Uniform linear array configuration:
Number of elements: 48
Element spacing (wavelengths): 0.5
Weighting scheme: kaiser
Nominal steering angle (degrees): -30
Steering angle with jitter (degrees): -29.507
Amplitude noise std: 0.05
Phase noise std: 0.05

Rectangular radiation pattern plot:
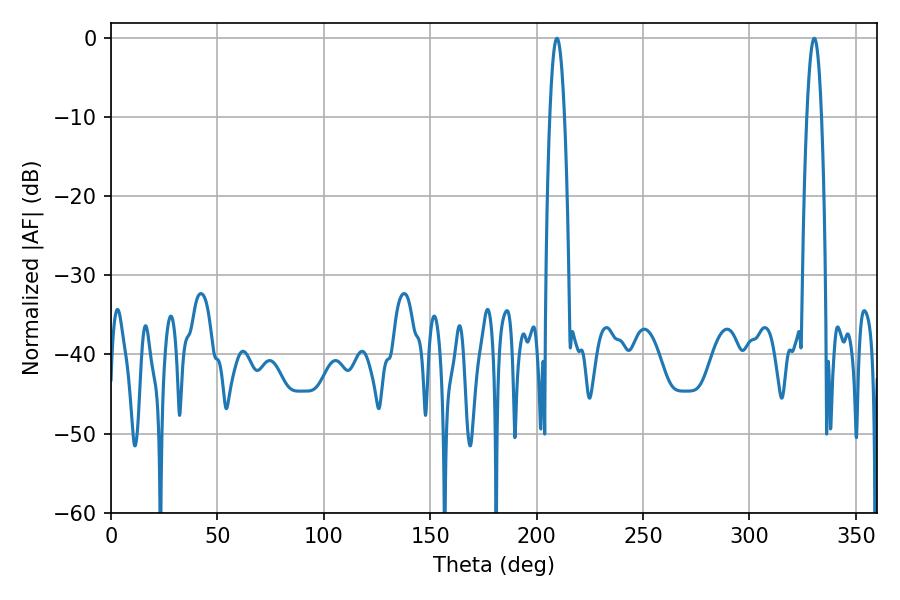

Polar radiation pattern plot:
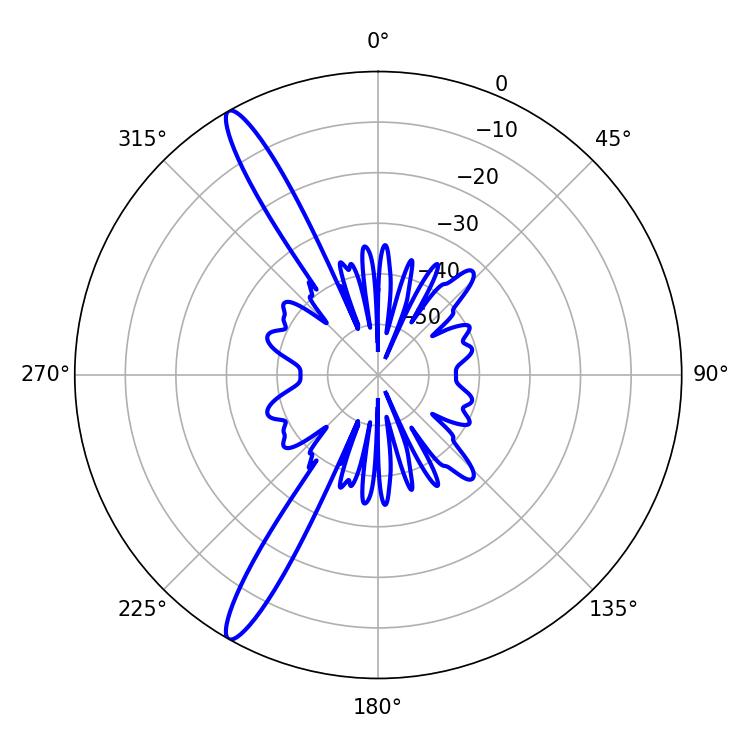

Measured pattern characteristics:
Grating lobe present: FALSE
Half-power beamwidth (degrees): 3.78
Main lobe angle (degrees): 330.48